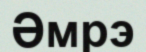
Әмрэ